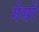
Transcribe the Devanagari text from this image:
गेसों